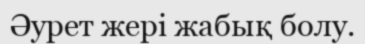
Әурет жері жабық болу.